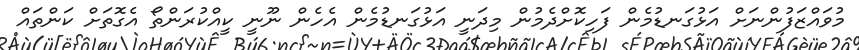
މުވައްޒަފުންނަށް އަޅުގަނޑުމެން ފަހިކޮށްދެމުން މިދަނީ އަޅުގަނޑުމެން އެހެން ނޫނީ ކީއްކުރަންތޯ އެގޮތަށް ކަންތައް